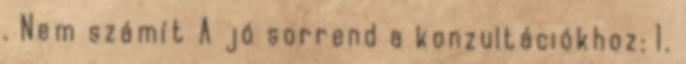
. Nem számít A jó sorrend a konzultációkhoz: 1.